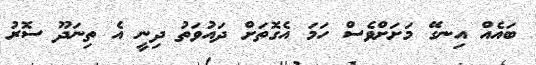
ބައެއް އިނގޭ މަށަށްވެސް ހަމަ އެގޮތަށް ދައުވަތު ދިނީ އެ ތިނަދޫ ސޮރު